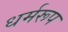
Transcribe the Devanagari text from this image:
धर्मरूप